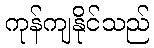
ကုန်ကျနိုင်သည်